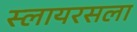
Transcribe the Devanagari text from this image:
स्लायरसला